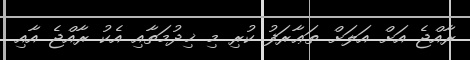
ރާއްޖެ އަށް އަލަށް ތަޢާރަފު ކުރި މި ޚިދުމަތާއި އެކު ރާއްޖެ އާއި